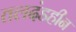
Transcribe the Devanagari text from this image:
तलदंडहीन